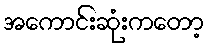
အကောင်းဆုံးကတော့